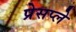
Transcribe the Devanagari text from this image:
प्रेसप्ले